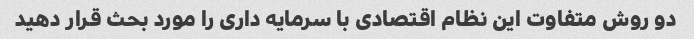
دو روش متفاوت این نظام اقتصادی با سرمایه داری را مورد بحث قرار دهید